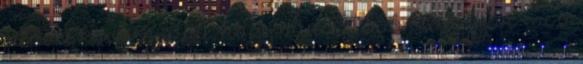
jutni és közbenjárni, hogy minél előbb létrejöjjön „az a